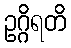
ဥဂ္ဂိရတိ